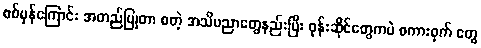
စစ်မှန်ကြောင်း အတည်ပြုတာ စတဲ့ အသိပညာတွေနည်းပြီး ဖုန်းဆိုင်တွေကပဲ စကားဝှက် တွေ